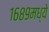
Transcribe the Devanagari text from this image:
१६८९मध्ये